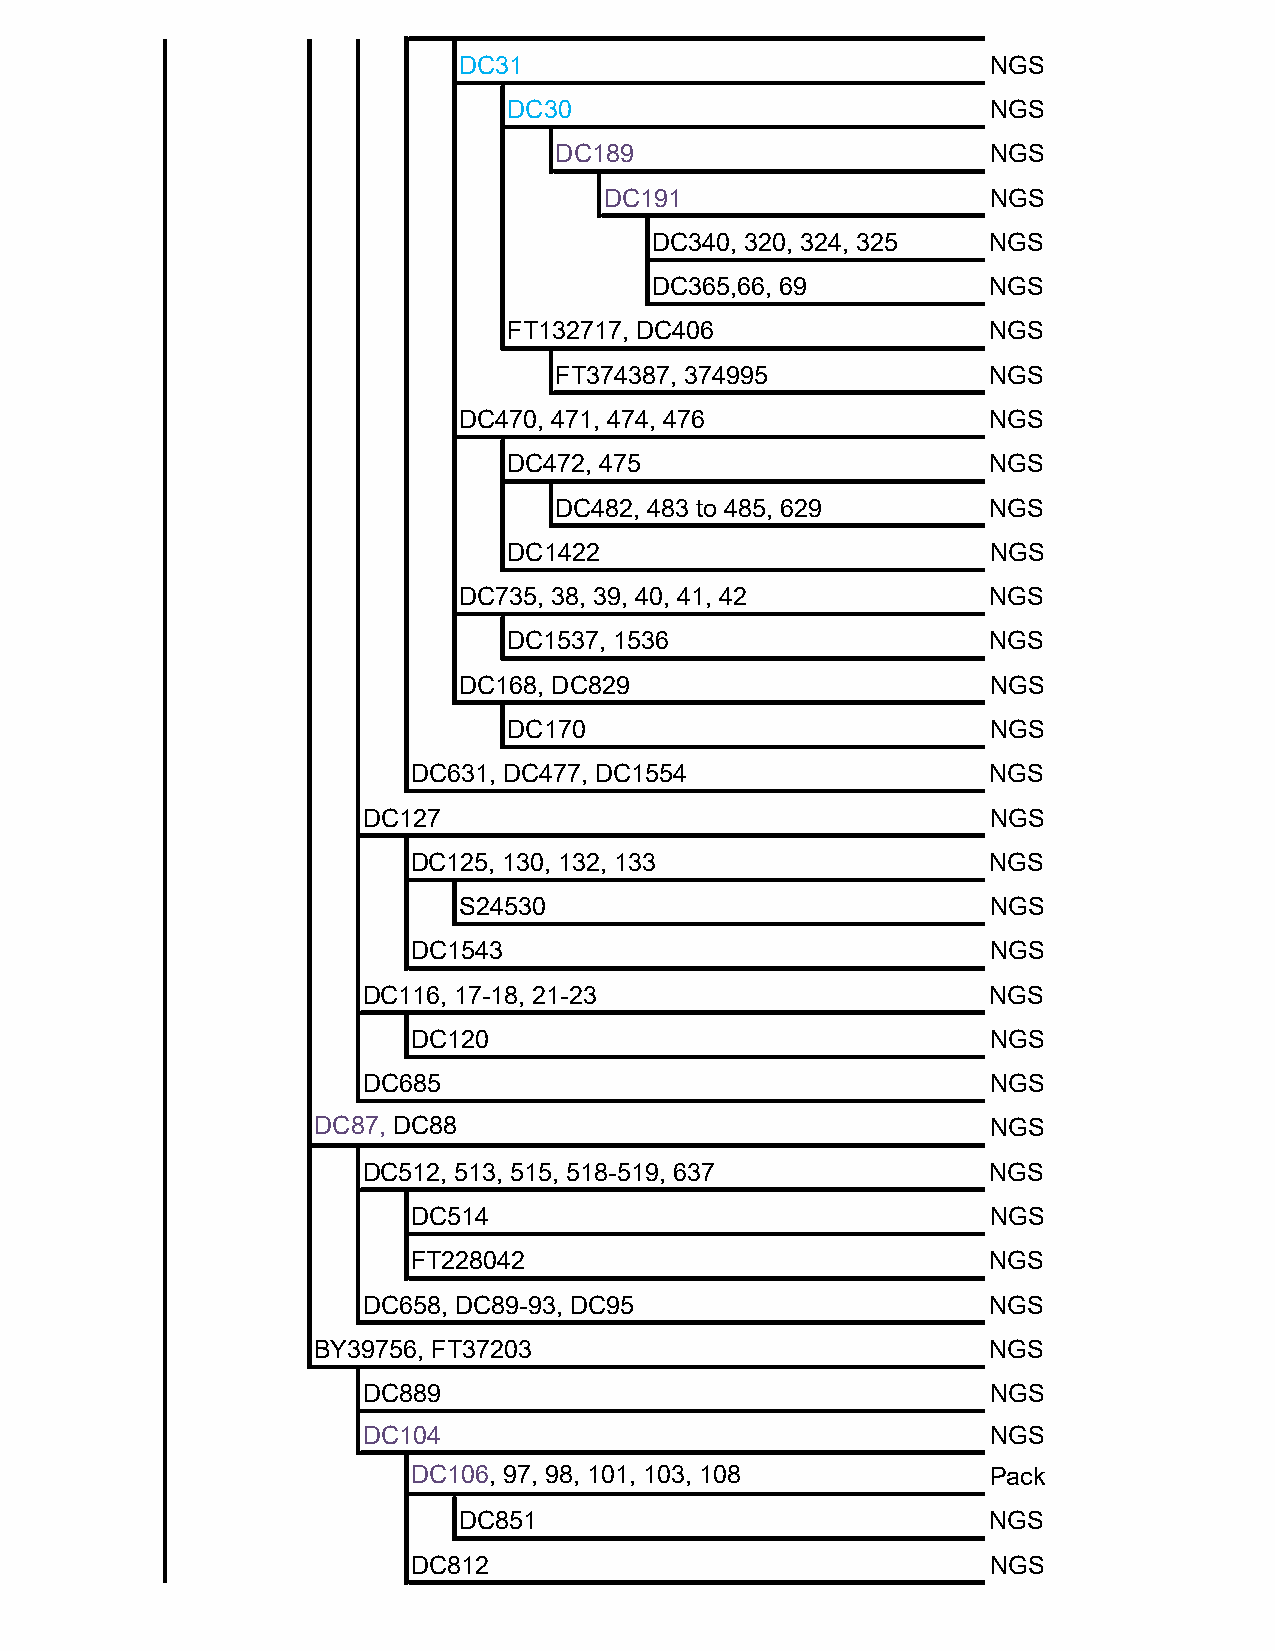
DC31                                NGS
 DC30                            NGS
 DC189                        NGS
 DC191                     NGS
 DC340, 320, 324, 325   NGS
 DC365,66, 69           NGS
 FT132717, DC406                 NGS
 FT374387, 374995             NGS
 DC470, 471, 474, 476               NGS
 DC472, 475                      NGS
 DC482, 483 to 485, 629       NGS
 DC1422                          NGS
 DC735, 38, 39, 40, 41, 42          NGS
 DC1537, 1536                    NGS
 DC168, DC829                        NGS
 DC170                           NGS
 DC631, DC477, DC1554                   NGS
 DC127                                     NGS
 DC125, 130, 132, 133                   NGS
 S24530                              NGS
 DC1543                                 NGS
 DC116, 17-18, 21-23                       NGS
 DC120                                  NGS
 DC685                                     NGS
 DC87, DC88                                   NGS
 DC512, 513, 515, 518-519, 637            NGS
 DC514                                  NGS
 FT228042                               NGS
 DC658, DC89-93, DC95                      NGS
 BY39756, FT37203                             NGS
 DC889                                     NGS
 DC104                                     NGS
 DC106, 97, 98, 101, 103, 108           Pack
 DC851                               NGS
 DC812                                  NGS